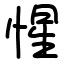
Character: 惺